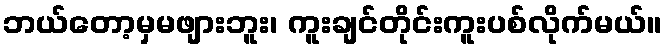
ဘယ်တော့မှမဖျားဘူး၊ ကူးချင်တိုင်းကူးပစ်လိုက်မယ်။